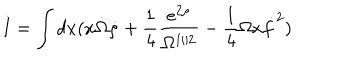
LaTeX: I = \int d x ( x \dot { \Omega } \dot { \rho } + \frac { 1 } { 4 } \frac { e ^ { 2 \rho } } { \Omega ^ { 1 / 2 } } - \frac { 1 } { 4 } \Omega x \dot { f } ^ { 2 } )